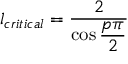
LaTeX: l _ { c r i t i c a l } = \displaystyle \frac { 2 } { \cos \displaystyle \frac { p \pi } { 2 } }